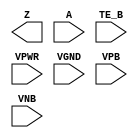
module sky130_fd_sc_hdll__ebufn (
    Z   ,
    A   ,
    TE_B,
    VPWR,
    VGND,
    VPB ,
    VNB
);

    output Z   ;
    input  A   ;
    input  TE_B;
    input  VPWR;
    input  VGND;
    input  VPB ;
    input  VNB ;
endmodule